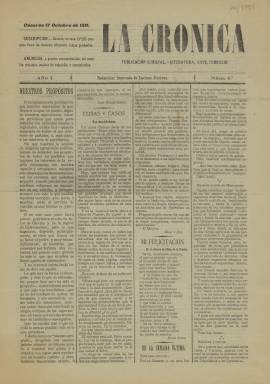
Título: La Crónica (Cáceres)
Colección: Periódicos
Ámbito geográfico: Cáceres
Lugar de publicación: Cáceres
Fechas: 17/10/1911-17/10/1911